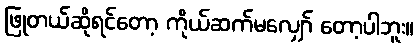
ဖြုတယ်ဆိုရင်တော့ ကိုယ်ဆက်မလျှော် တော့ပါဘူး။